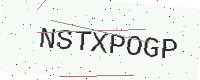
Text: NSTXPOGP